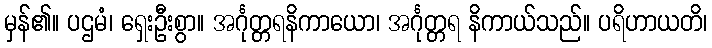
မှန်၏။ ပဌမံ၊ ရှေးဦးစွာ။ အင်္ဂုတ္တရနိကာယော၊ အင်္ဂုတ္တရ နိကာယ်သည်။ ပရိဟာယတိ၊